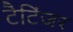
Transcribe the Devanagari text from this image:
टैटिंजर